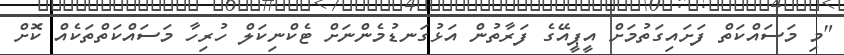
"މި މަސައްކަތް ފަށައިގަތުމަށް އީޕީއޭގެ ފަރާތުން އަޅުގަނޑުމެންނަށް ޓެކްނިކަލް ހުރިހާ މަސައްކަތްތަކެއް ކޮށް